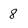
Character: 8